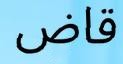
قاض